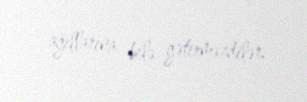
ağıllarına belə gətirməzdilər.